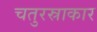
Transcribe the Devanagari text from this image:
चतुरस्राकार